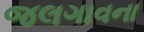
જલગાવના